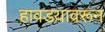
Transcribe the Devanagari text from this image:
हावडयावरून